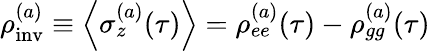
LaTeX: \rho_{\mathrm{inv}}^{(a)}\equiv\left\langle\sigma_{z}^{(a)}(\tau)\right\rangle=\rho_{ee}^{(a)}(\tau)-\rho_{gg}^{(a)}(\tau)